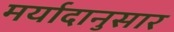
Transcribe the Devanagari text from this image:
मर्यादानुसार